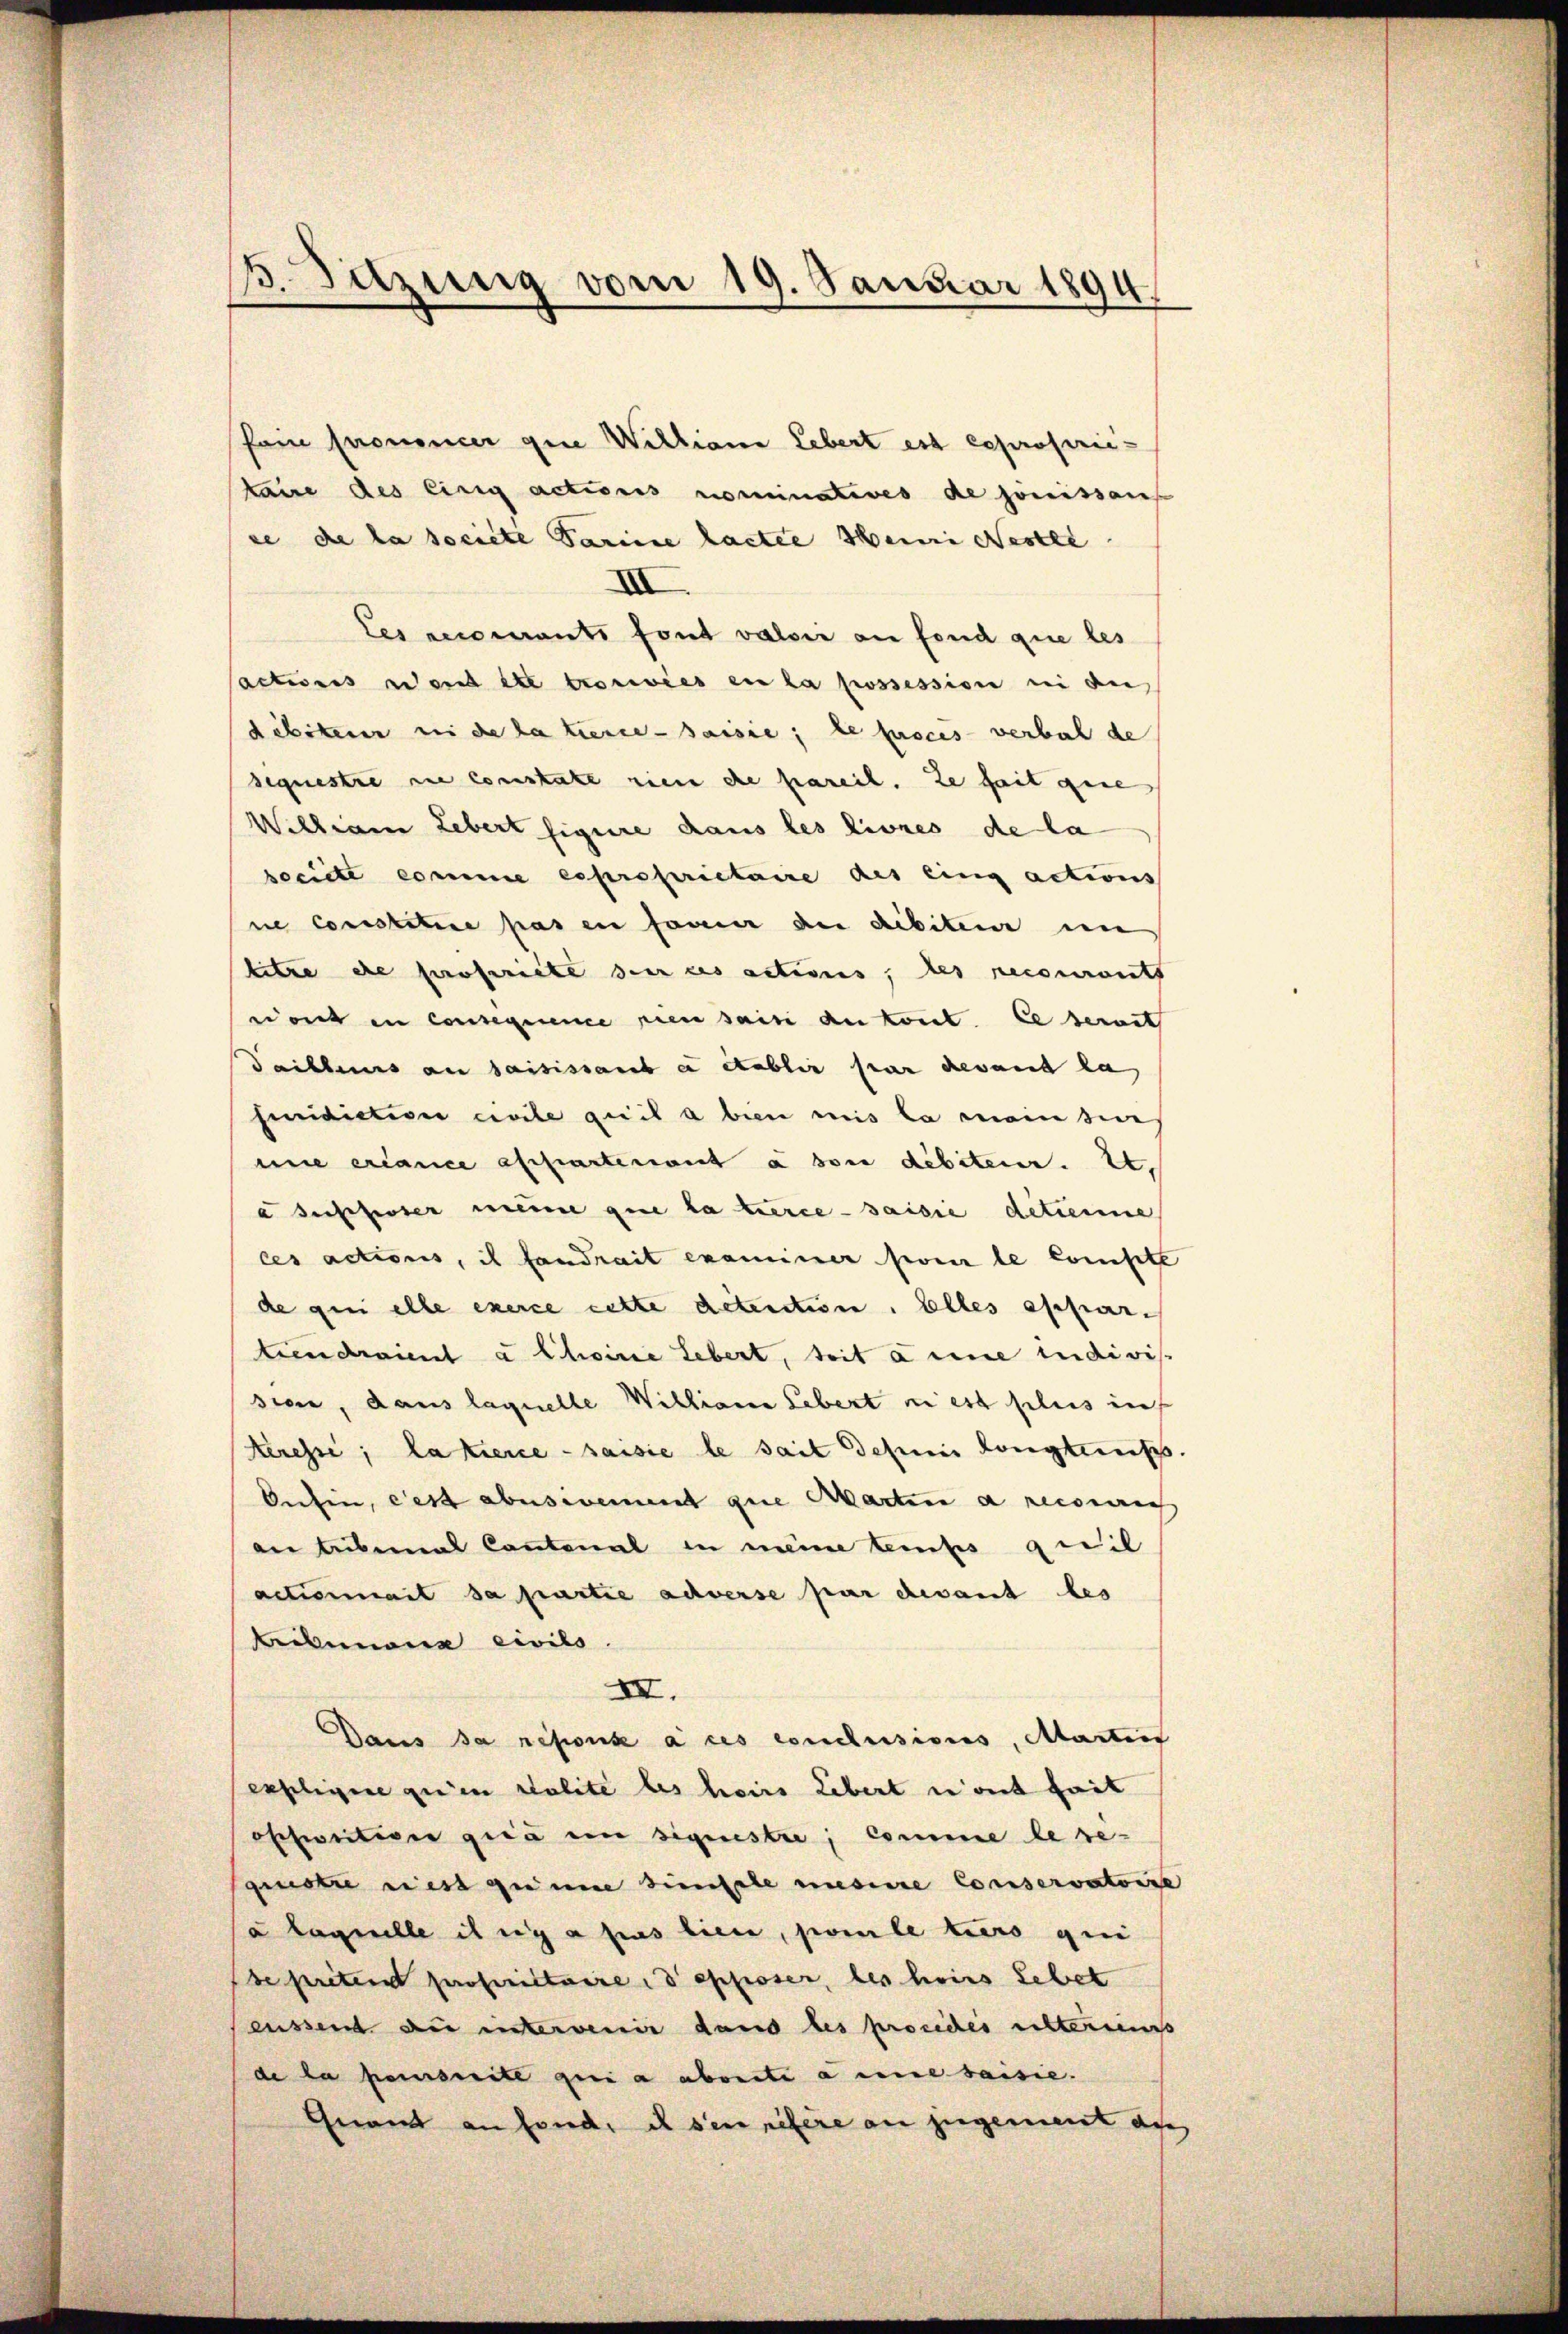
3. Sitzung vom 19. Januar 1894

Pein prononcer gene Williana Lebert est exproprie-
taire des Einig actions nominatives de jouissans
ee de la societe Parisie hactée seine Nestie
XII
les recomants font valoir an fond que les
actions wendete trouvées en la possession in di
debiteur in de la tierce saisie; le proces verbal de
sequestre sie constate zieme de pareil. Le seit gere
William Lebert figure dans les liones de la
societe comme exproprietaire des eing actions
ne constitue pas en faveur der dibiteur in
titre de propriete der ces actions, des recourants
wort in consequence pien saisi du konnt. Cedernit
Daishaus an saisissante etablir par devant la
fiidiction civile qui a bien mis la main sie
une créance affartenant à son débiteur. Zt.
a Zuschwer meine que la terce - saisie detienne
ces actions, il fandrait examiner so le compte
de qui elle exerce cette detention. Elles appar-
tiendraient à Choirie Lebert, seit deine indivis
sion, dans laquelle Williana Lebert ni est plus in
teresse; la tierce saisie le sait depuis longten.
Aufen, ces abusivement que Marten a recourich
an tuberal Cantonal in meine temps quil
actionnait sa partie achverse par devant bes
Arenone civils
XII.
Daus sa répoux à ces conclusions, Martief
expligire qu’en polité les hoirs Lebert n’ont fait
osefinition quia ein signestre; comme le regiustre riest quine dünstle unsere Conservatoire
à laquelle il y a pas lieu, pomle tiers qui
de preten propriétaire dessesser, des hoirs Lebet
eussend Du intervenir dans les procedes elteriens
de la penseite qui a abonitia eine saisie.
Guand an sonder ich sein refere an zugement des